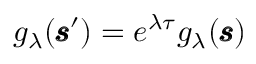
g _ { \lambda } ( \pmb { \mathscr { s } } ^ { \prime } ) = e ^ { \lambda \tau } g _ { \lambda } ( \pmb { \mathscr { s } } )